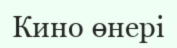
Кино өнері